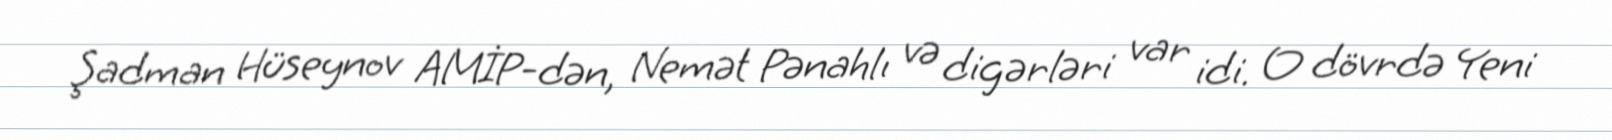
Şadman Hüseynov AMİP-dən, Nemət Pənahlı və digərləri var idi. O dövrdə Yeni